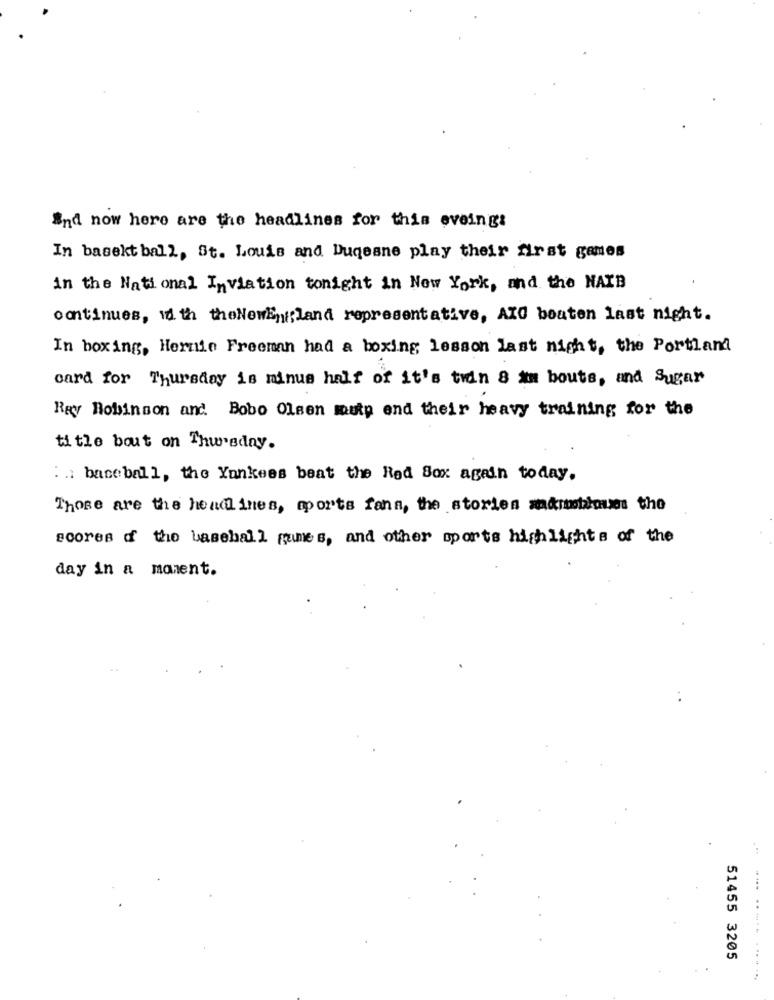
and now here are the headlines for this eveing:
In basekt ball, St. Louis and Duqesne play their first games
in the National Inviation tonight in New York, and the NAIB
continues, 1 th theNewEngland representative, AXO bouten last night.
In boxing, Hernie Freeman had a boxing lesson last night, the Portland
card for Thursday is minus half of it's twin 8 am bouts, and Sugar
Ray Robinson and. Bobo Olsen mutp end their heavy training for the
title bout on Thursday.
: . baseball, the Yankees beat the Red Sox again today.
Those are the headlines, mports fann, the stories andreblaus the
scores d' the baseball gumes, and other sports highlights of the
day in a moment.
51455 3205